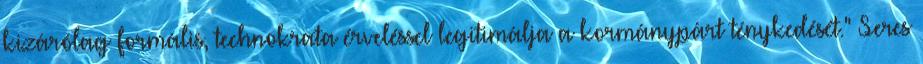
kizárólag formális, technokrata érveléssel legitimálja a kormánypárt ténykedését." Seres